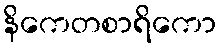
နိကေတစာရိကော